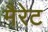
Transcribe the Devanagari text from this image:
मैरेट